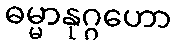
ဓမ္မာနုဂ္ဂဟော